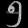
Digit: ၅